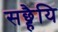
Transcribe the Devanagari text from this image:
सछ्हैयि